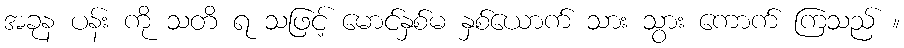
အခုန ပန်း ကို သတိ ရ သဖြင့် မောင်နှစ်မ နှစ်ယောက် သား သွား ကောက် ကြသည် ။